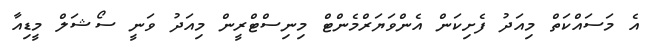
އެ މަސައްކަތް މިއަދު ފެށިކަން އެންވަޔަރްމެންޓް މިނިސްޓްރީން މިއަދު ވަނީ ސޯޝަލް މީޑިއާ